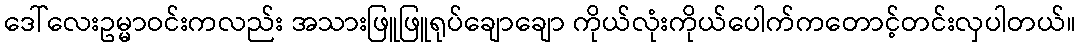
ဒေါ်လေးဥမ္မာဝင်းကလည်း အသားဖြူဖြူရုပ်ချောချော ကိုယ်လုံးကိုယ်ပေါက်ကတောင့်တင်းလှပါတယ်။